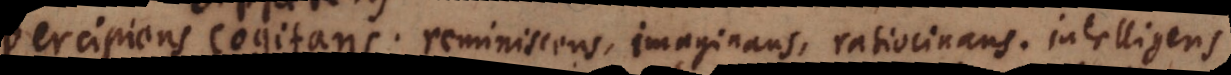
tans. reminiscens, imaginans, ratiocinans. intelligen